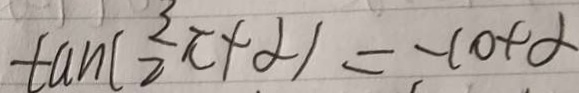
\tan ( \frac { 3 } { 2 } \pi + \alpha ) = - \cot \alpha